Report of the Indian Hemp Drugs Commission, 1894-1895 - Volume VI
Year: 1894
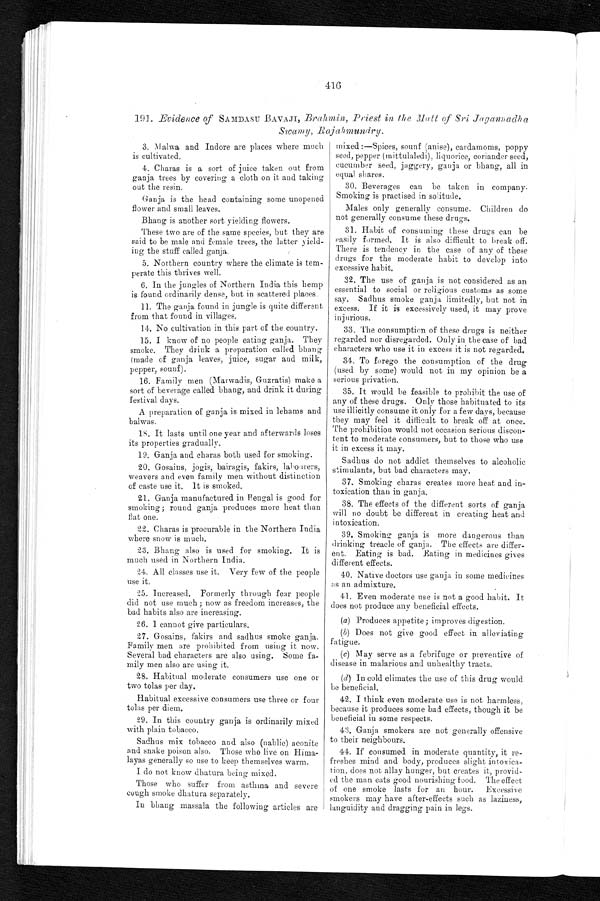
416
191. Evidence of SAMDASU BAVAJI, Brahmin, Priest in the Matt of Sri Jagannadha
Swamy, Raja h mundry.
3. Malwa and Indore are places where much
is cultivated.
4. Charas is a sort of juice taken out from
ganja trees by covering a cloth on it and taking
out the resin.
Ganja is the head containing some unopened
flower and small leaves.
Bhang is another sort yielding flowers.
These two are of the same species, but they are
said to be male and female trees, the latter yield-
ing the stuff called ganja.
5. Northern country where the climate is tem-
perate this thrives well.
6. In the jungles of Northern India this hemp
is found ordinarily dense, but in scattered places.
11. The ganja found in jungle is quite different
from that found in villages.
14. No cultivation in this part of the country.
15. I know of no people eating ganja. They
smoke. They drink a preparation called bhang
(made of ganja leaves, juice, sugar and milk,
pepper, sounf).
16. Family men (Marwadis, Guzratis) make a
sort of beverage called bhang, and drink it during
festival days.
A preparation of ganja is mixed in lehams and
halwas.
18. It lasts until one year and afterwards loses
its properties gradually.
19. Ganja and charas both used for smoking.
20. Gosains, jogis, bairagis, fakirs, labourers,
weavers and even family men without distinction
of caste use it. It is smoked.
21. Ganja manufactured in Bengal is good for
smoking ; round ganja produces more heat than
flat one.
22. Charas is procurable in the Northern India
where snow is much.
23. Bhang also is used for smoking. It is
much used in Northern India.
24. All classes use it. Very few of the people
use it.
25. Increased. Formerly through fear people
did not use much ; now as freedom increases, the
bad habits also are increasing.
26. I cannot give particulars.
27. Gosains, fakirs and sadhus smoke ganja.
Family men are prohibited from using it now.
Several bad characters are also using. Some fa-
mily men also are using it.
28. Habitual moderate consumers use one or
two tolas per day.
Habitual excessive consumers use three or four
tolas per diem.
29. In this country ganja is ordinarily mixed
with plain tobacco.
Sadhus mix tobacco and also (nablie) aconite
and snake poison also. Those who live on Hima-
layas generally so use to keep themselves warm.
I do not know dhatura being mixed.
Those who suffer from asthma and severe
cough smoke dhatura separately.
In bhang massala the following articles are
mixed :—Spices, sounf (anise), cardamoms, poppy
seed, pepper (mittulaledi), liquorice, coriander seed,
cucumber seed, jaggery, ganja or bhang, all in
equal shares.
30. Beverages can be taken in company.
Smoking is practised in solitude.
Males only generally consume. Children do
not generally consume these drugs.
31. Habit of consuming these drugs can be
easily formed. It is also difficult to break off.
There is tendency in the case of any of these
drugs for the moderate habit to develop into
excessive habit.
32. The use of ganja is not considered as an
essential to social or religious customs as some
say. Sadhus smoke ganja limitedly, but not in
excess. If it is excessively used, it may prove
injurio us .
33. The consumption of these drugs is neither
regarded nor disregarded. Only in the case of bad
characters who use it in excess it is not regarded.
34. To forego the consumption of the drug
(used by some) would not in my opinion be a
serious privation.
35. It would be feasible to prohibit the use of
any of these drugs. Only those habituated to its
use illicitly consume it only for a few days, because
they may feel it difficult to break off at once.
The prohibition would not occasion serious discon-
tent to moderate consumers, but to those who use
it in excess it may.
Sadhus do not addict themselves to alcoholic
stimulants, but bad characters may.
37. Smoking charas creates more heat and in-
toxication than in ganja.
38. The effects of the different sorts of ganja
will no doubt be different in creating heat and
intoxication.
39. Smoking ganja is more dangerous than
drinking treacle of ganja. The effects are differ-
ent. Eating is bad. Eating in medicines gives
different effects.
40. Native doctors use ganja in some medicines
as an admixture.
41. Even moderate use is not a good habit. It
does not produce any beneficial effects.
(a) Produces appetite; improves digestion.
(b)Does not give good effect in alleviating
fatigue.
(c) May serve as a febrifuge or preventive of
disease in malarious and unhealthy tracts.
(d) In cold climates the use of this drug would
be beneficial.
42. I think even moderate use is not harmless,
because it produces some bad effects, though it be
beneficial in some respects.
43. Ganja smokers are not generally offensive
to their neighbours.
44. If consumed in moderate quantity, it re-
freshes mind and body, produces slight intoxica-
tion, does not allay hunger, but creates it, provid-
ed the man eats good nourishing. The effect
of one smoke lasts for an hour. Excessive
smokers may have after-effects such as laziness,
languidity and dragging pain in legs.